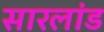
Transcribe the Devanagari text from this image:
सारलांड